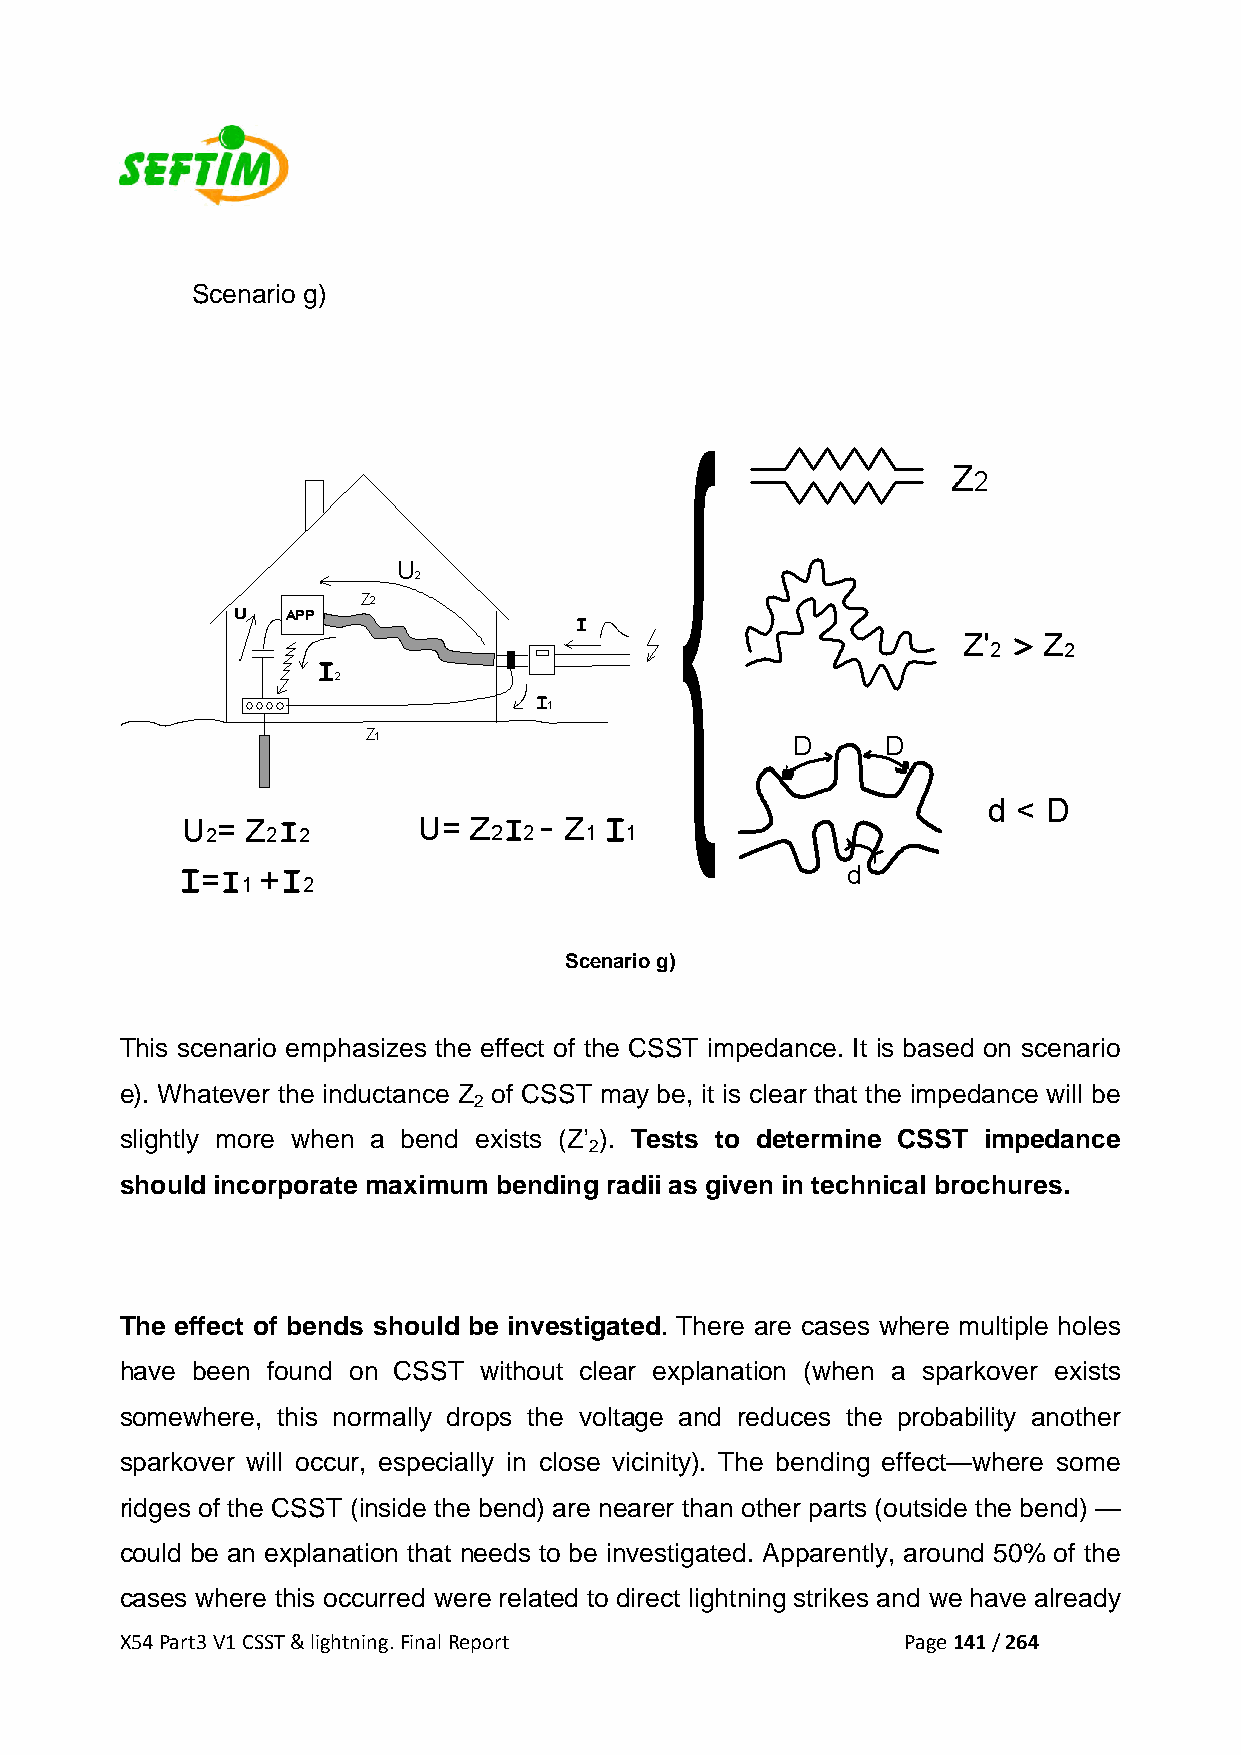
Scenario g)
 Scenario g)
 This scenario emphasizes the effect of the CSST impedance. It is based on scenario
 e). Whatever the inductance Z of CSST may be, it is clear that the impedance will be
 2
 slightly more when a bend exists (Z’ ). Tests to determine CSST impedance
 2
 should incorporate maximum bending radii as given in technical brochures.
 The effect of bends should be investigated. There are cases where multiple holes
 have been found on CSST without clear explanation (when a sparkover exists
 somewhere, this normally drops the voltage and reduces the probability another
 sparkover will occur, especially in close vicinity). The bending effect—where some
 ridges of the CSST (inside the bend) are nearer than other parts (outside the bend) —
 could be an explanation that needs to be investigated. Apparently, around 50% of the
 cases where this occurred were related to direct lightning strikes and we have already
 X54 Part3 V1 CSST & lightning. Final Report         Page 141 / 264